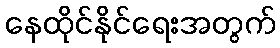
နေထိုင်နိုင်ရေးအတွက်